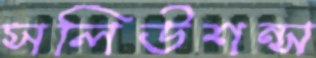
সলিউশন্স